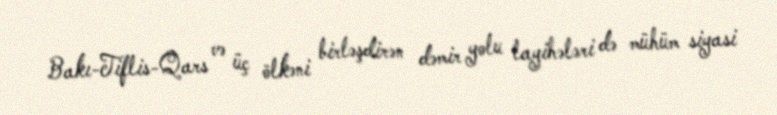
Bakı-Tiflis-Qars və üç ölkəni birləşdirən dəmir yolu layihələri də mühüm siyasi